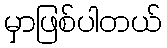
မှာဖြစ်ပါတယ်